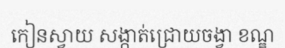
កៀនស្វាយ សង្កាត់ជ្រោយចង្វា ខណ្ឌ